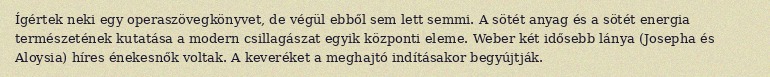
Ígértek neki egy operaszövegkönyvet, de végül ebből sem lett semmi. A sötét anyag és a sötét energia természetének kutatása a modern csillagászat egyik központi eleme. Weber két idősebb lánya (Josepha és Aloysia) híres énekesnők voltak. A keveréket a meghajtó indításakor begyújtják.